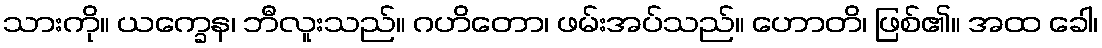
သားကို။ ယက္ခေန၊ ဘီလူးသည်။ ဂဟိတော၊ ဖမ်းအပ်သည်။ ဟောတိ၊ ဖြစ်၏။ အထ ခေါ၊